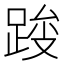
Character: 𰸓